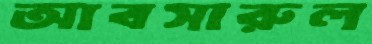
আবসারুল